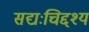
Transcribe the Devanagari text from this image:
सद्यःचिद्दश्य